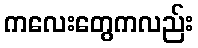
ကလေးတွေကလည်း